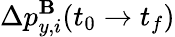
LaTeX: \Delta p_{y,i}^{\mathbf{B}}(t_{0}\to t_{f})